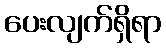
ပေးလျက်ရှိရာ